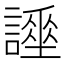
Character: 𧬡